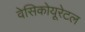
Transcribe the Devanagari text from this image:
वेसिकोयूरेटल